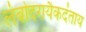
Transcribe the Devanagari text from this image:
लंबोदरायैकदंताय